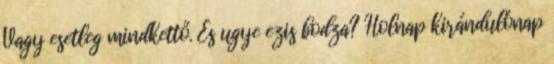
Vagy esetleg mindkettő. És ugye ezis bodza? Holnap kirándulónap